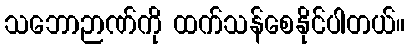
သဘောဉာဏ်ကို ထက်သန်စေနိုင်ပါတယ်။